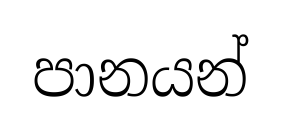
පානයන්